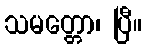
သမတ္တော၊ ပြီ။